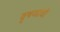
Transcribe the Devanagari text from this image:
वृषणांची